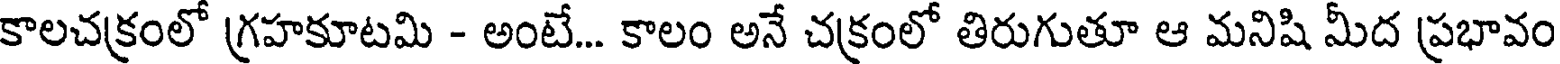
కాలచక్రంలో గ్రహకూటమి - అంటే... కాలం అనే చక్రంలో తిరుగుతూ ఆ మనిషి మీద ప్రభావం